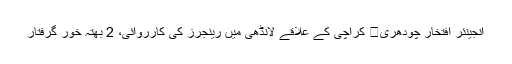
انجینئر افتخار چودھری	 کراچی کے علاقے لانڈھی میں رینجرز کی کارروائی، 2 بھتہ خور گرفتار